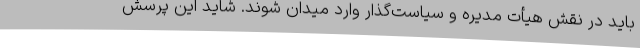
باید در نقش هیأت مدیره و سیاست‌گذار وارد میدان شوند. شاید این پرسش